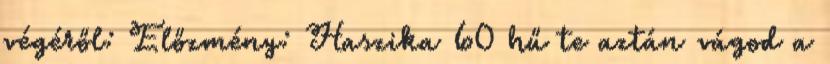
végéről: Előzmény: Haszika 60 hű te aztán vágod a